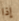
إذا